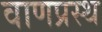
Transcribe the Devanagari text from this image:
वाणप्रस्थ